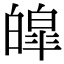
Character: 皡